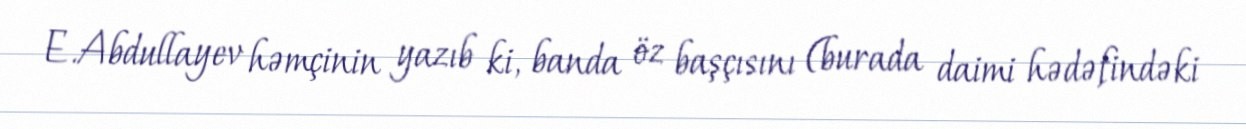
E.Abdullayev həmçinin yazıb ki, banda öz başçısını (burada daimi hədəfindəki